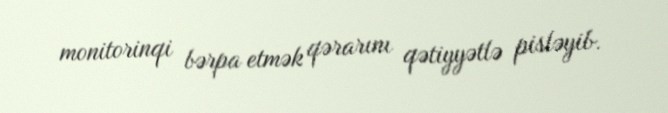
monitorinqi bərpa etmək qərarını qətiyyətlə pisləyib.